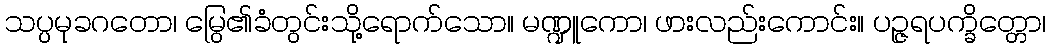
သပ္ပမုခဂတော၊ မြွေ၏ခံတွင်းသို့ရောက်သော။ မဏ္ဍူကော၊ ဖားလည်းကောင်း။ ပဉ္ဇရပက္ခိတ္တော၊